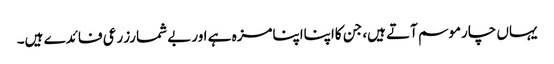
یہاں چارموسم آتے ہیں، جن کااپنااپنامزہ ہے اوربے شمارزرعی فائدے ہیں۔